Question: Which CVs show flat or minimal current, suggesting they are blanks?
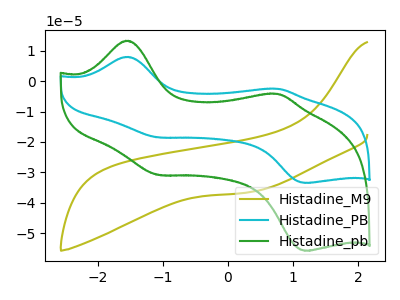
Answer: <think>The olive curve "Histadine_M9" has no peaks. The cyan curve "Histadine_PB" has anodic peaks at (-1.55V, 8.00uA) (0.75V, -2.50uA) and cathodic peaks at (-1.05V, -18.50uA) (1.20V, -33.50uA). The green curve "Histadine_pb" has anodic peaks at (-1.55V, 13.30uA) (0.75V, -4.20uA) and cathodic peaks at (-1.05V, -30.85uA) (1.20V, -55.85uA).</think>
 <answer>"Histadine_M9" is likely to be a blank.</answer>
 <eval>Histadine_M9</eval>